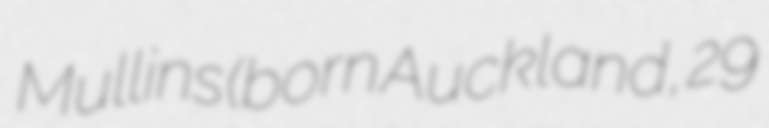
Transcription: Mullins (born Auckland, 29